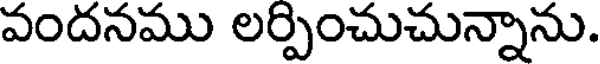
వందనము లర్పించుచున్నాను.